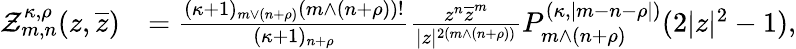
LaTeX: \begin{array}{rl}{\mathcal{Z}_{m,n}^{\kappa,\rho}(z,\overline{{z}})}&{=\frac{(\kappa+1)_{m\vee(n+\rho)}(m\wedge(n+\rho))!}{(\kappa+1)_{n+\rho}}\frac{z^{n}\overline{{z}}^{m}}{|z|^{2(m\wedge(n+\rho))}}P_{m\wedge(n+\rho)}^{(\kappa,|m-n-\rho|)}(2|z|^{2}-1),}\end{array}